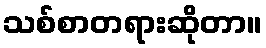
သစ်စာတရားဆိုတာ။